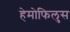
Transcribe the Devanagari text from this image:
हेमोफिलुस